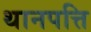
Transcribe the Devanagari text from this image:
थानपत्ति